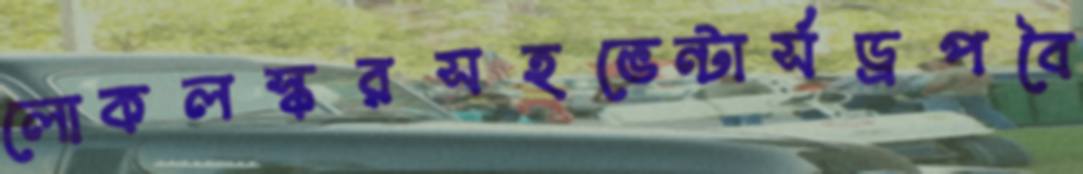
লোকলস্করসহভেন্টার্সড্রপবৈ